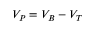
V _ { P } = V _ { B } - V _ { T }